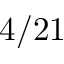
4 / 2 1